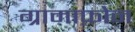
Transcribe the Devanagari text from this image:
ग्रामाफ़ोन